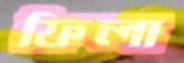
ফিলা